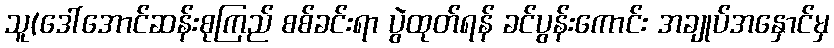
သူ(ဒေါ်အောင်ဆန်းစုကြည် စစ်ခင်းရာ ပွဲထုတ်ရန် ခင်ပွန်းကောင်း အချုပ်အနှောင်မှ